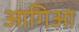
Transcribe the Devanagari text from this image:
आगिआ